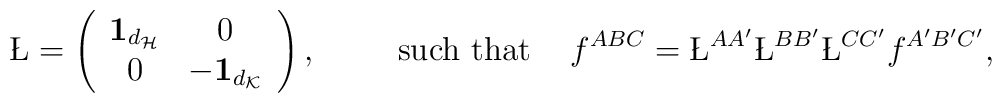
\L = \left(\begin{array}{cc} {\bf 1}_{d_{\cal H}} & 0 \\ 0 & -{\bf 1}_{d_{\cal K}} \end{array}\right), \hskip 1cm{\rm such~ that} \hskip .5cm f^{ABC}=\L^{AA'}\L^{BB'}\L^{CC'}f^{A'B'C'},